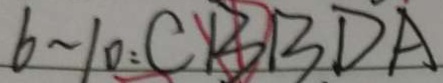
6 \sim 1 0 : C B D A